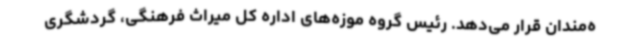
ه‌مندان قرار می‌دهد. رئیس گروه موزه‌های اداره کل میراث فرهنگی، گردشگری